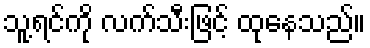
သူ့ရင်ကို လက်သီးဖြင့် ထုနေသည်။